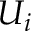
U _ { i }